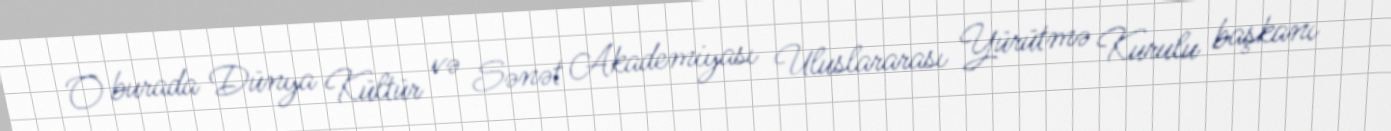
O burada Dünya Kültür və Sənət Akademiyası Uluslararası Yürütmə Kurulu başkanı